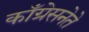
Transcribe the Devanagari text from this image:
काँग्रेसनेते